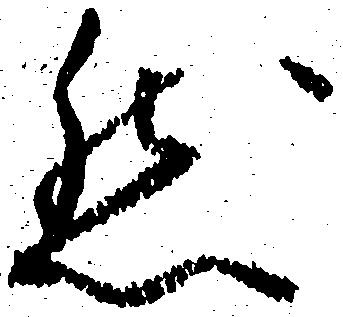
然